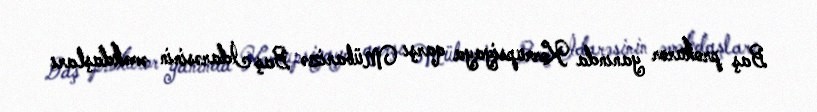
Baş prokuror yanında Korrupsiyaya qarşı Mübarizə Baş İdarəsinin əməkdaşları